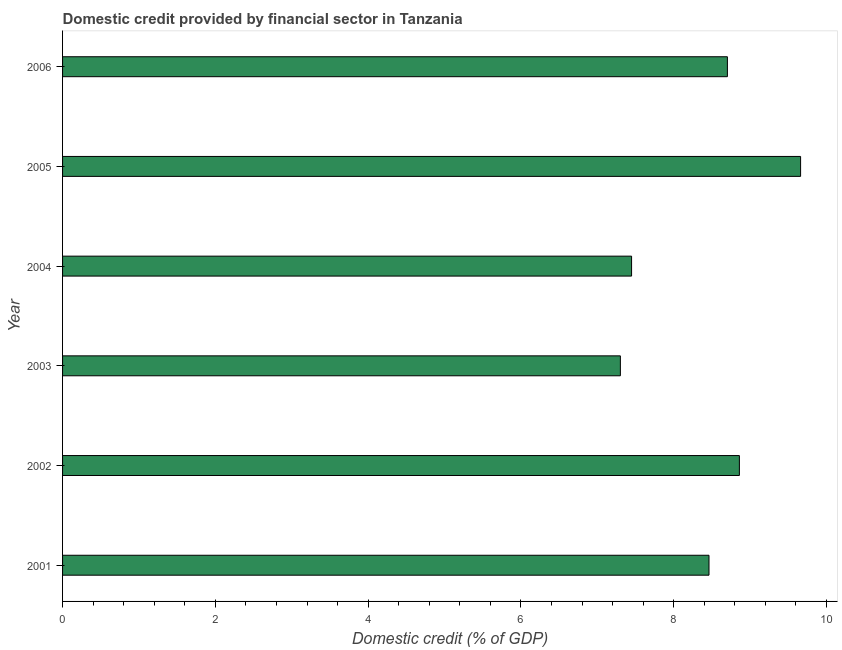
| Year | Domestic credit provided by financial sector |
 | --- | --- |
 | 2001 | 8.46 |
 | 2002 | 8.86 |
 | 2003 | 7.3 |
 | 2004 | 7.45 |
 | 2005 | 9.66 |
 | 2006 | 8.7 |